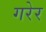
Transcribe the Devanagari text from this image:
गरेर